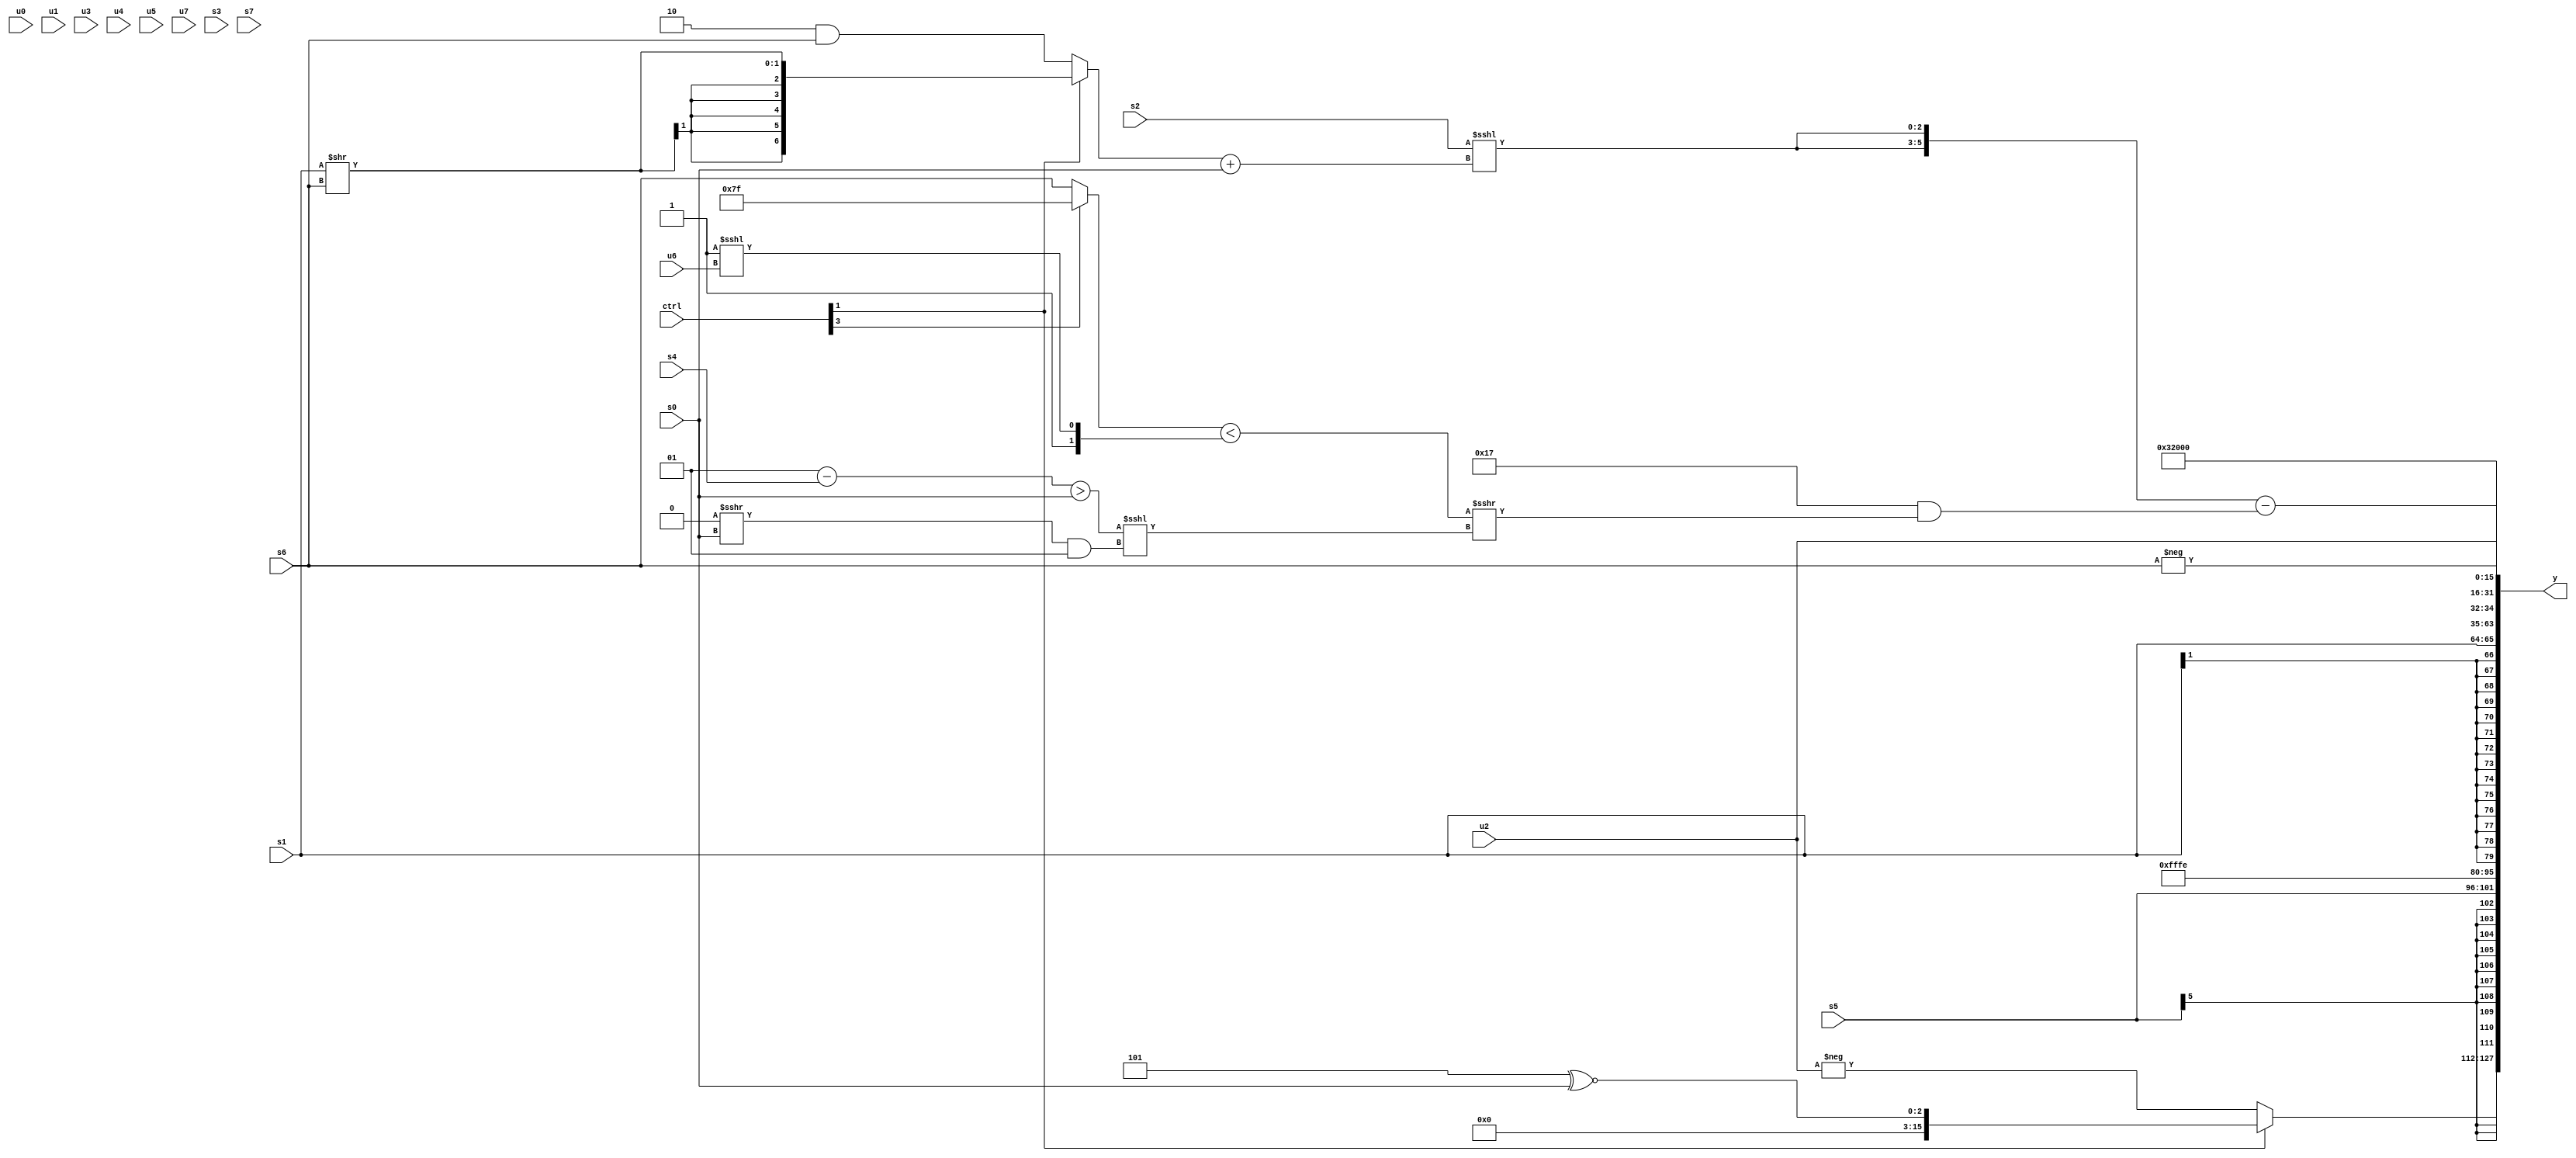
module wideexpr_00194(ctrl, u0, u1, u2, u3, u4, u5, u6, u7, s0, s1, s2, s3, s4, s5, s6, s7, y);
  input [7:0] ctrl;
  input [0:0] u0;
  input [1:0] u1;
  input [2:0] u2;
  input [3:0] u3;
  input [4:0] u4;
  input [5:0] u5;
  input [6:0] u6;
  input [7:0] u7;
  input signed [0:0] s0;
  input signed [1:0] s1;
  input signed [2:0] s2;
  input signed [3:0] s3;
  input signed [4:0] s4;
  input signed [5:0] s5;
  input signed [6:0] s6;
  input signed [7:0] s7;
  output [127:0] y;
  wire [15:0] y0;
  wire [15:0] y1;
  wire [15:0] y2;
  wire [15:0] y3;
  wire [15:0] y4;
  wire [15:0] y5;
  wire [15:0] y6;
  wire [15:0] y7;
  assign y = {y0,y1,y2,y3,y4,y5,y6,y7};
  assign y0 = (ctrl[1]?$signed($signed((3'sb101)^~(s0))):-(u2));
  assign y1 = s5;
  assign y2 = -(2'b10);
  assign y3 = s1;
  assign y4 = 6'b011001;
  assign y5 = u2;
  assign y6 = -(+(s6));
  assign y7 = ({2{(+(s2))<<<(($signed((ctrl[1]?$signed((s1)>>(s6)):+((2'sb10)&(s6)))))+($signed(-(s0))))}})-(($signed(6'sb010111))&((((ctrl[3]?2'sb11:s6))<($signed({$signed((6'sb101111)|(4'sb1010)),$unsigned((1'sb1)<<<(u6))})))>>>(($signed((($signed(4'b0001))-(s4))>(s0)))<<<((($signed(+(3'sb000)))>>>(s0))&(2'sb01)))));
endmodule